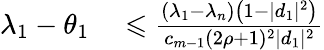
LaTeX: \begin{array}{rl}{\lambda_{1}-\theta_{1}}&{{}\leqslant{\frac{(\lambda_{1}-\lambda_{n})\left(1-|d_{1}|^{2}\right)}{c_{m-1}(2\rho+1)^{2}|d_{1}|^{2}}}}\end{array}